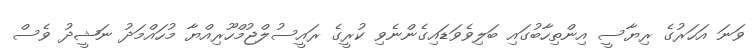
ވަނަ އަހަރުގެ ރިޔާސީ އިންތިހާބުގައި ބަލިވެވަޑައިގެންނެވި ކުރީގެ ރައީސުލްޖުމްހޫރިއްޔާ މުހައްމަދު ނަޝީދު ވެސް